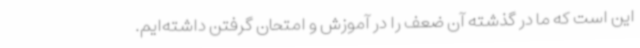
این است که ما در گذشته آن ضعف را در آموزش و امتحان گرفتن داشته‌ایم.